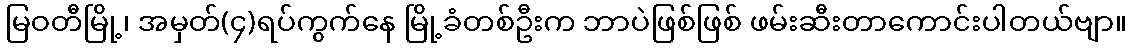
မြဝတီမြို့၊ အမှတ်(၄)ရပ်ကွက်နေ မြို့ခံတစ်ဦးက ဘာပဲဖြစ်ဖြစ် ဖမ်းဆီးတာကောင်းပါတယ်ဗျာ။